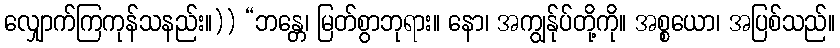
လျှောက်ကြကုန်သနည်း။)) “ဘန္တေ၊ မြတ်စွာဘုရား။ နော၊ အကျွန်ုပ်တို့ကို။ အစ္စယော၊ အပြစ်သည်။